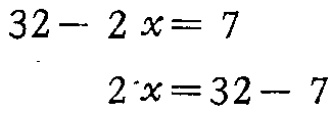
\[

\begin{align*}

32 - 2x&= 7\\

2x&=32 - 7

\end{align*}

\]